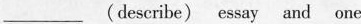
___ (deseribe) essay and one